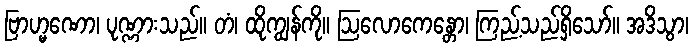
ဗြာဟ္မဏော၊ ပုဏ္ဏားသည်။ တံ၊ ထိုကျွန်ကို။ ဩလောကေန္တော၊ ကြည့်သည်ရှိသော်။ အဒိသွာ၊